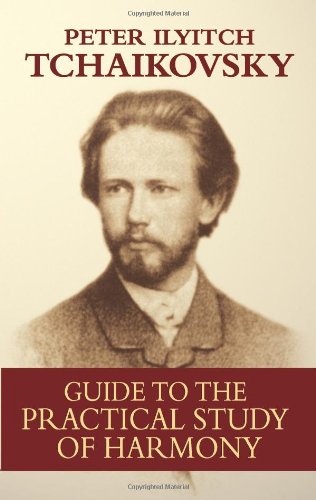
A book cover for Guide to the Practical Study of Harmony (Dover Books on Music); Peter Ilyitch Tchaikovsky; Humor & Entertainment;